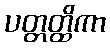
ပတ္တတ္ထိကာ